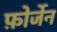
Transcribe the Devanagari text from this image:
फ़ोर्जेन